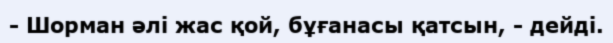
- Шорман әлі жас қой, бұғанасы қатсын, - дейді.